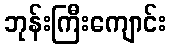
ဘုန်းကြီးကျောင်း